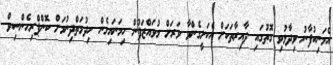
އެމަނިކުފާނު ވިދާޅުވި ގޮތުގައި ދާއިރާތަކަށް އެކަށީގެންވާ ވަރަށް މުވައްޒަފުން ހިމަނައިގެން ހިދުމަތްދިނުމަށް ކޮންޕްރިހެންސިވް